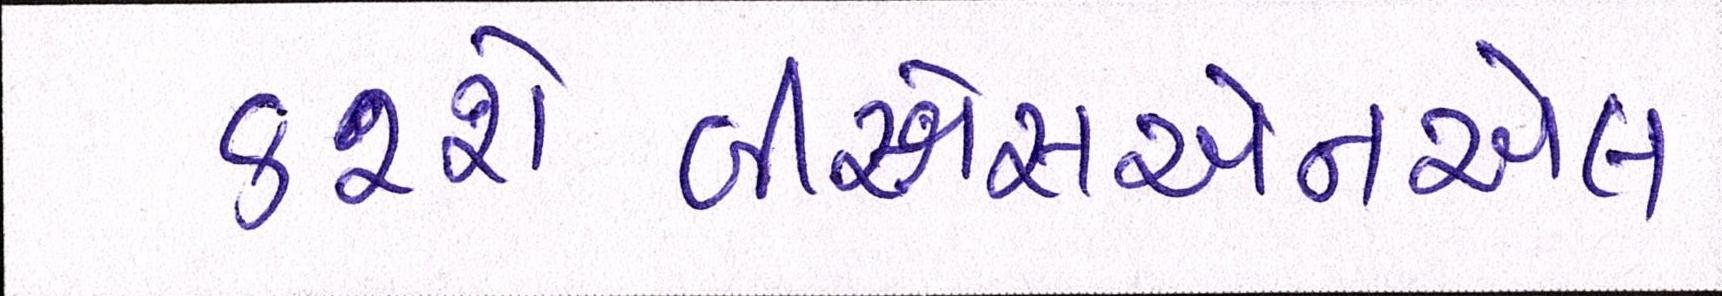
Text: કરશેબીએસએનએલ